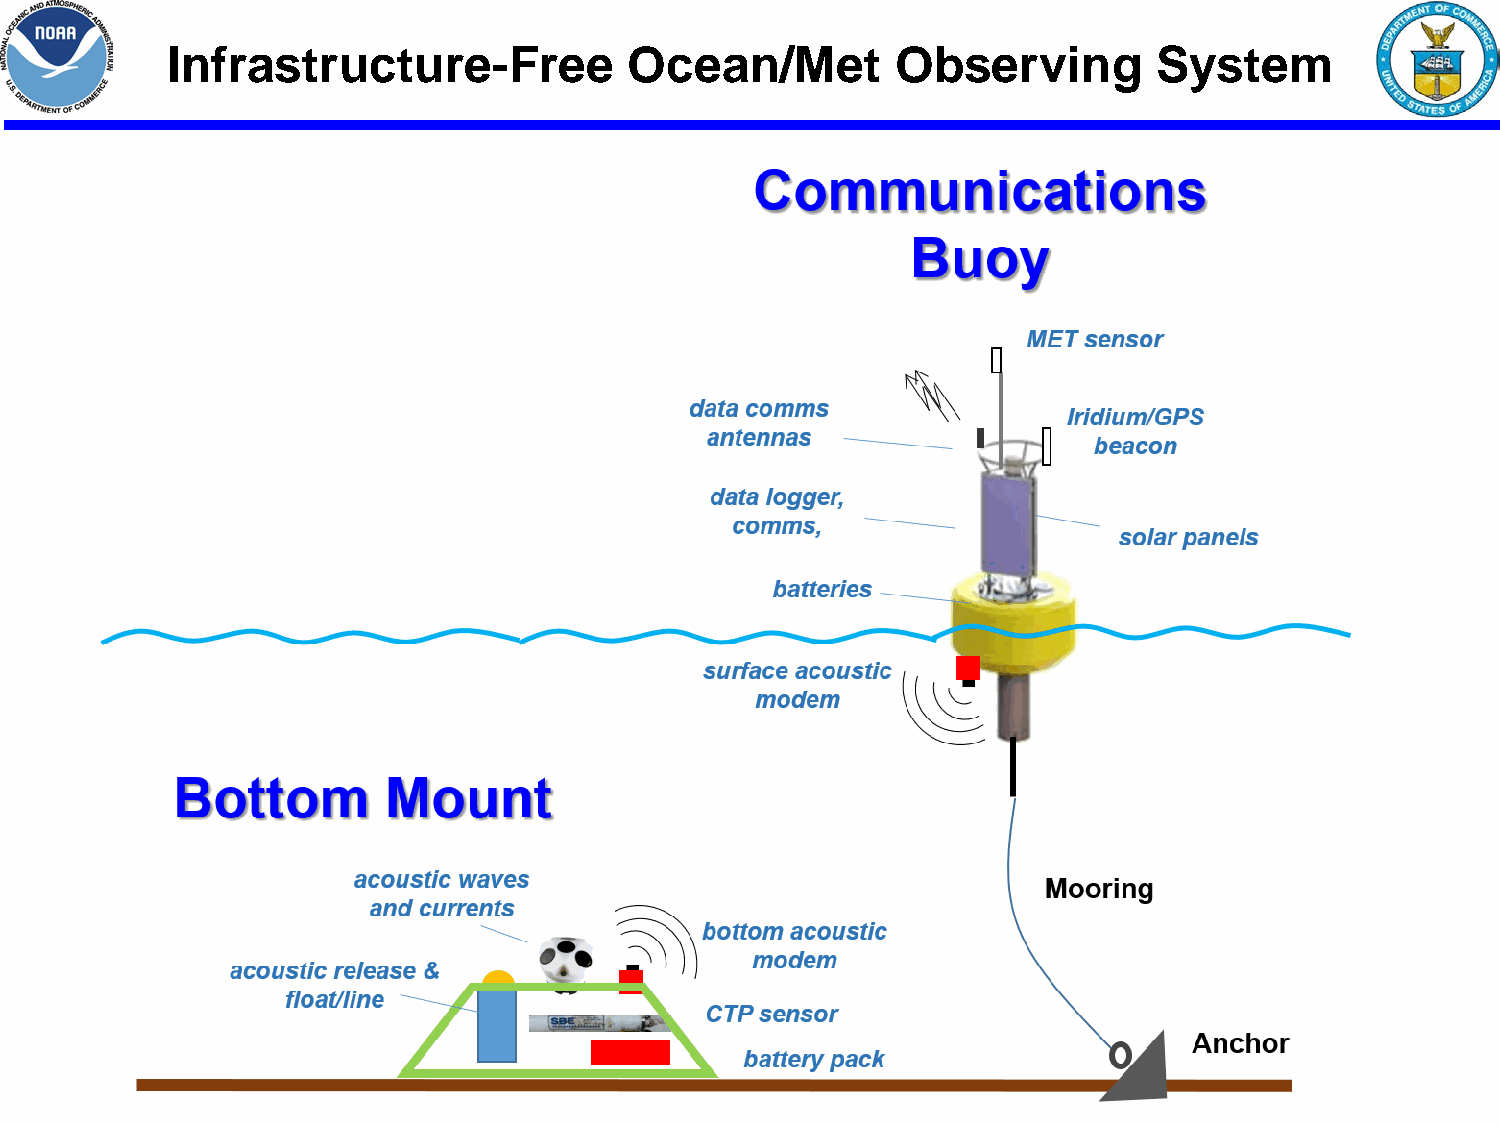
Infrastructure-Free            Ocean/Met        Observing         System